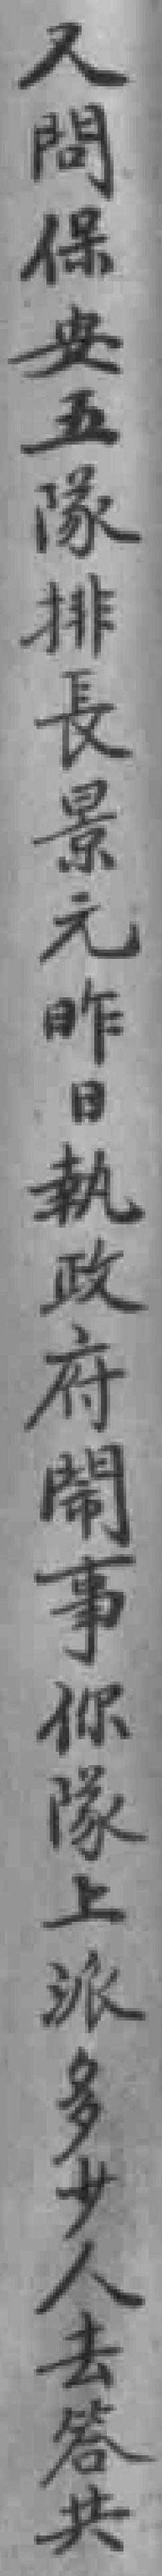
又問保安五隊排長景元昨日執政府閙事你隊上派多少人去答共